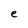
Character: e